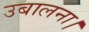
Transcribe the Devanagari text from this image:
उबालना।